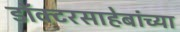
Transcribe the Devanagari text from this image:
डॉक्टरसाहेबांच्या